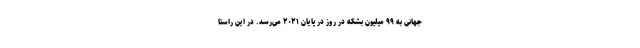
جهانی به ۹۹ میلیون بشکه در روز در پایان ۲۰۲۱ می‌رسد. در این راستا